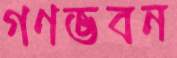
গণভবন